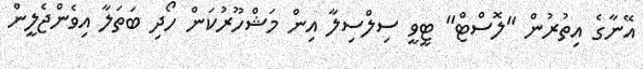
އޭނާގެ އިތުރުން "ލޮސްޓް" ޓީވީ ސިލްސިލާ އިން މަޝްހޫރުކަން ހޯދި ބަތަލާ އިވެންޖެލީން